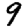
Digit: 9